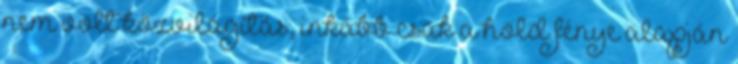
nem volt közvilágítás, inkább csak a hold fénye alapján